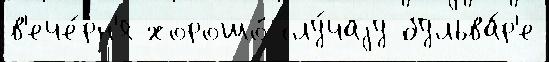
в'ече́рн'я хорошо́ слу́чаjу бульва́р'е